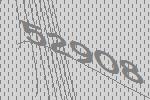
52908